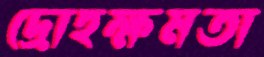
দ্রোহক্ষমতা